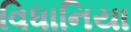
વિધાનિયા